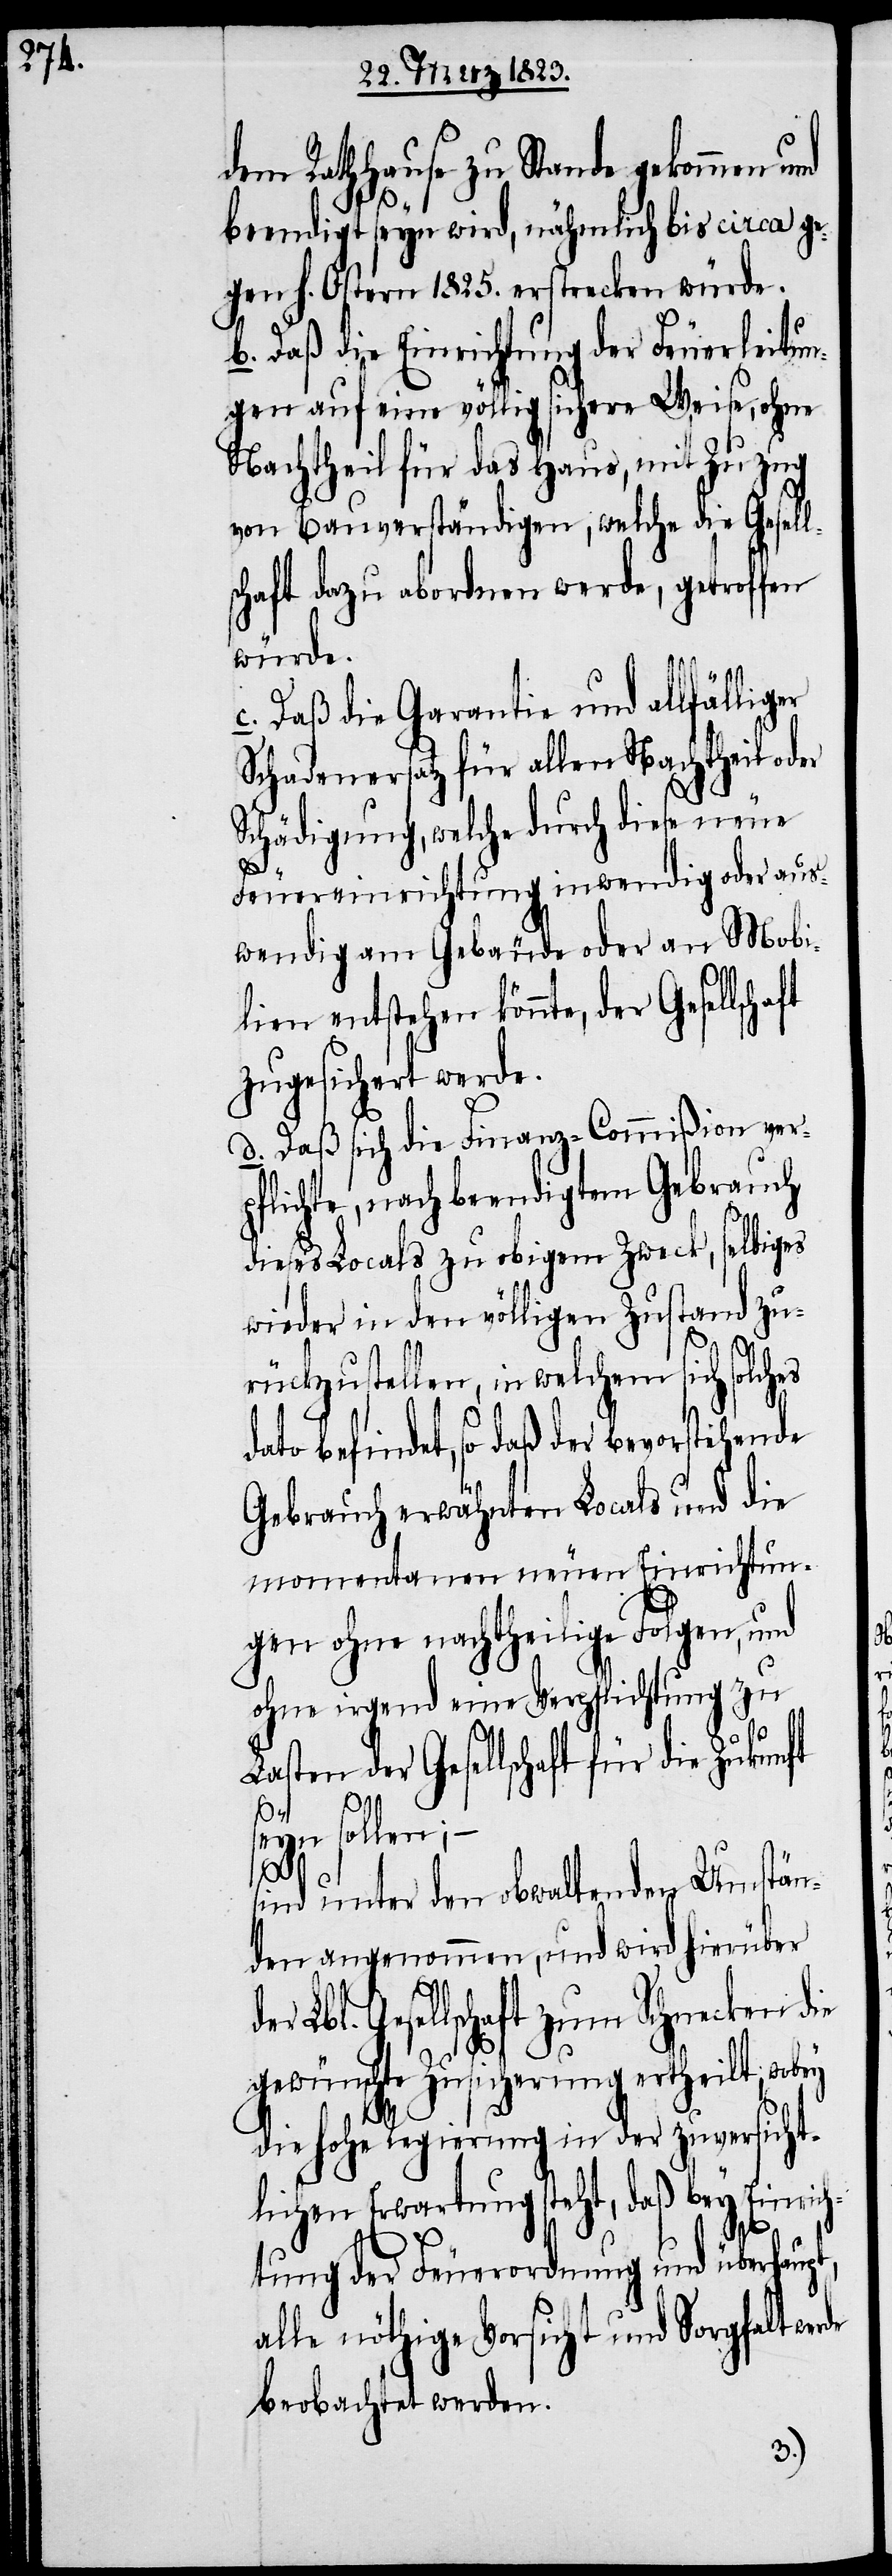
dem Rathhause zu Stande gekommen
beendigt seyn wird, nähmlich bis circa ge¬
gen h. Ostern 1825. erstrecken würde.
b. Daß die Einrichtung der Feuerleitun¬
gen auf eine völlig sichere Weise, ohne
Nachtheil für das Haus, mit Zuzug
von Bauverständigen, welche die Gesell¬
schaft dazu abordnen werde, getroffen
würde.
c. Daß die Garantie und allfälliger
Schadenersatz für allen Nachtheil oder
Schädigung, welche durch diese neue
Feuereinrichtung inwendig oder aus¬
wendig am Gebäude oder an Mobi¬
lien entstehen könnte, der
zugesichert werde.
d. Daß sich die Finanz-Commißion verp¬
flichte, nach beendigtem Gebrauch
dieses Locals zu obigem Zweck, selbiges
wieder in den völligen Zustand zu¬
rückzustellen, in welchem sich solches
dato befindet, so daß der bevorstehende
Gebrauch erwähnten Locals und die
momentanen neuen Einrichtun¬
gen ohne nachtheilige Folgen, und
ohne irgend eine Verpflichtung zu
Lasten der Gesellschaft für die Zukun¬
de
seyn sollen;
sind unter den obwaltenden Umstän¬
den angenommen, und wird hierüber
Gesellschaft zum Schnecken die
gewünschte Zusicherung ertheilt, wobey
die hohe Regierung in der zuversicht¬
lichen Erwartung steht, daß bey Einric¬
htung der Feuerordnung und überhaup¬
alle nöthige Vorsicht und Sorgfalt wer¬
beobachtet werden.